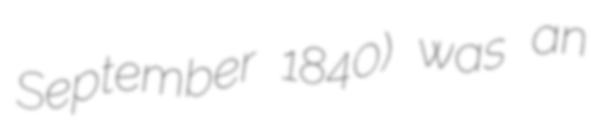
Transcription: September 1840) was an